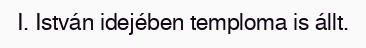
I. István idejében temploma is állt.